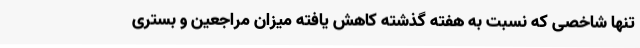
تنها شاخصی که نسبت به هفته گذشته کاهش یافته میزان مراجعین و بستری